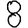
Digit: 8